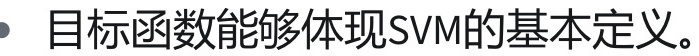
#NAME?